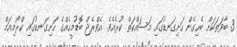
3 ބާވަތަކަށް ބެހިގެން ހަށިގަނޑުގައި މަސައްކަތް ކުރެއެވެ. އެވްރެޖް ބޮޑުމީހެއްގެ ހަށިގަނޑުގައި ކްރޯމިއަމް